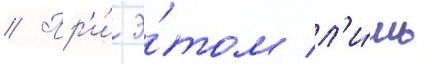
// Пр'и́ э́том л'и́шь